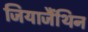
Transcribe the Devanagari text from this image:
जियाजैंथिन